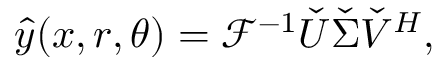
\hat { y } ( x , r , \theta ) = \mathcal { F } ^ { - 1 } \check { U } \check { \Sigma } \check { V } ^ { H } ,